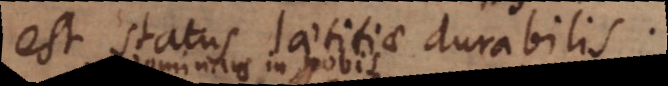
est status laetitiae durabilis.